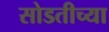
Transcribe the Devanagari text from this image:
सोडतीच्या